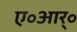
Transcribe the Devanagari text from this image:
ए॰आर्॰